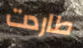
طاردت